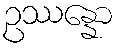
ဥဿန္နော